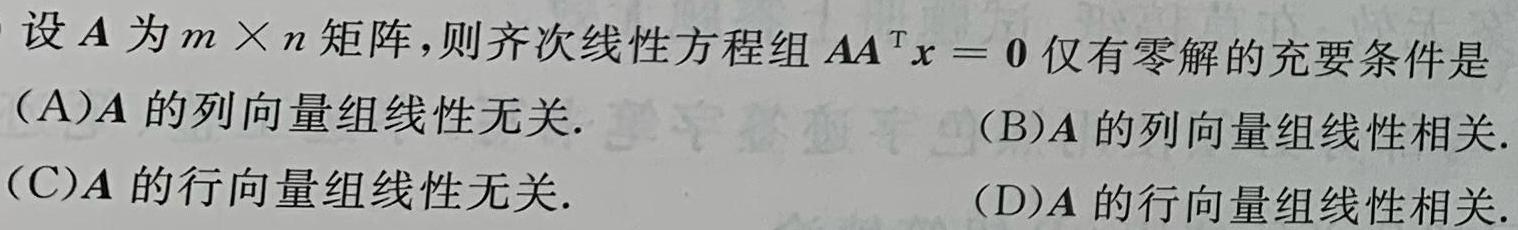
设$\boldsymbol{A}$为$m\times n$矩阵，则齐次线性方程组$\boldsymbol{A}\boldsymbol{A}^{\mathrm{T}}\boldsymbol{x}=\boldsymbol{0}$仅有零解的充要条件是
(A)$\boldsymbol{A}$的列向量组线性无关.  (B)$\boldsymbol{A}$的列向量组线性相关.
(C)$\boldsymbol{A}$的行向量组线性无关.  (D)$\boldsymbol{A}$的行向量组线性相关.